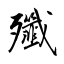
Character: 殲